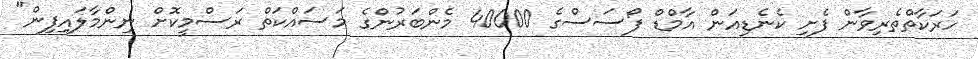
ހަރަކާތްތެރިވާން ފެށި ކެނެޑިއަން އާމްޑް ފޯސަސްގެ 40000 މެންބަރުންގެ މަސައްކަތް ރަސްމީކޮށް ނިންމާލައިފިން"